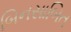
બિનસાબિત